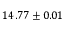
1 4 . 7 7 \pm 0 . 0 1